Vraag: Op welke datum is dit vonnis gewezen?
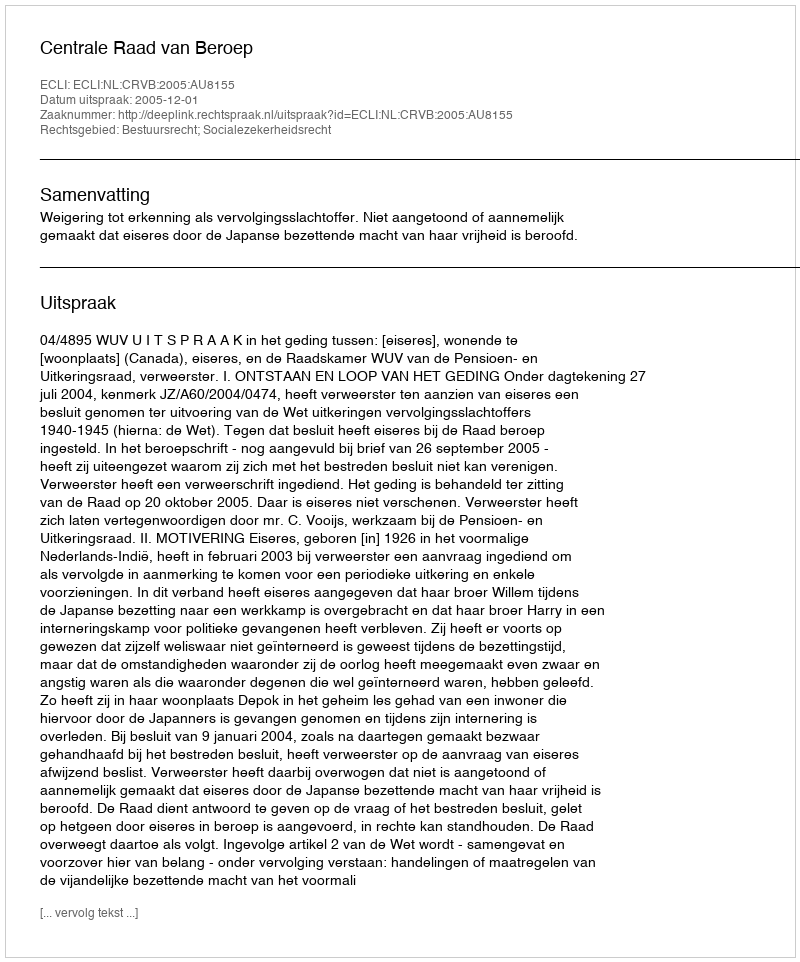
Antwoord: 2005-12-01